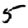
Digit: 5